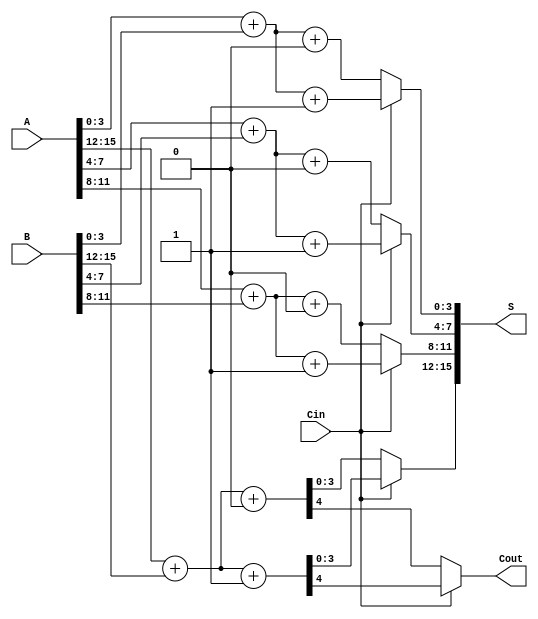
module CarrySelectAdder #(parameter n = 16, parameter m = 4) (
    input [n-1:0] A,
    input [n-1:0] B,
    input Cin,
    output [n-1:0] S,
    output Cout
);
    localparam num_segments = n / m;

    // Intermediate signals
    wire [m-1:0] S0[num_segments-1:0], S1[num_segments-1:0];
    wire Cout0[num_segments-1:0], Cout1[num_segments-1:0];
    wire P[num_segments-1:0], G[num_segments-1:0];
    wire C[num_segments:0];

    // Generate carry signals and sums for each segment
    genvar i;
    generate
        for (i = 0; i < num_segments; i = i + 1) begin : segment
            wire [m-1:0] A_segment = A[i*m +: m];
            wire [m-1:0] B_segment = B[i*m +: m];

            // Carry Lookahead Logic
            assign P[i] = A_segment ^ B_segment; // Propagate
            assign G[i] = A_segment & B_segment; // Generate

            // Carry generation
            if (i == 0) begin
                assign C[i] = Cin; // Initial carry-in
            end else begin
                assign C[i] = G[i-1] | (P[i-1] & C[i-1]); // Carry-out from previous segment
            end

            // Sum calculations for Cin = 0 and Cin = 1
            assign {Cout0[i], S0[i]} = A_segment + B_segment + 1'b0; // Sum with Cin = 0
            assign {Cout1[i], S1[i]} = A_segment + B_segment + 1'b1; // Sum with Cin = 1
        end
    endgenerate

    // Final sum and carry-out selection using multiplexers
    generate
        for (i = 0; i < num_segments; i = i + 1) begin : mux
            assign S[i*m +: m] = Cin ? S1[i] : S0[i]; // Select sum based on Cin
            if (i == num_segments - 1) begin
                assign Cout = Cin ? Cout1[i] : Cout0[i]; // Final carry-out selection
            end
        end
    endgenerate

endmodule